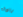
بالمائه